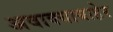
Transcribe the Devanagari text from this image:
अवाक्याबाहेर